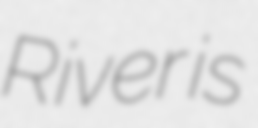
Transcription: River is